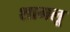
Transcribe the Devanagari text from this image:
शामलू